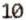
10